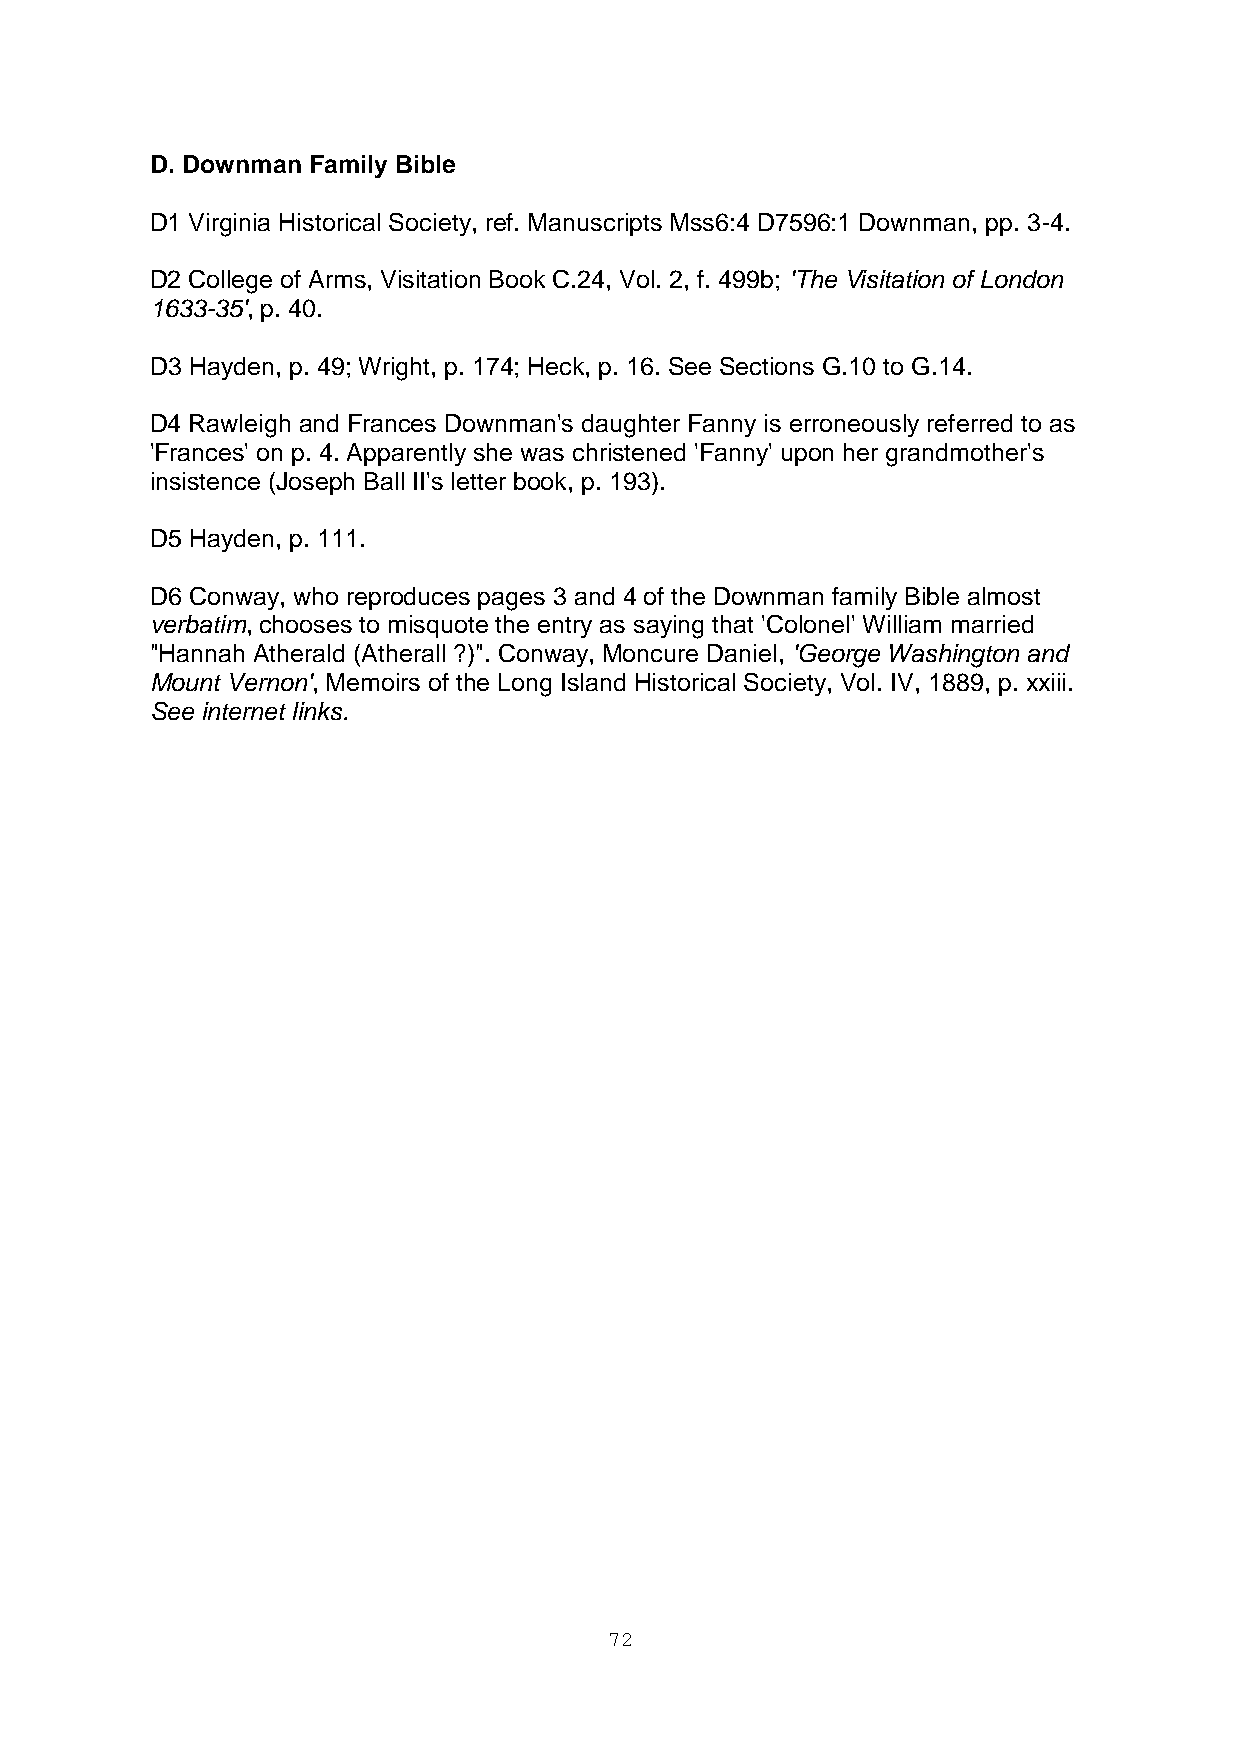
D. Downman Family Bible
 D1 Virginia Historical Society, ref. Manuscripts Mss6:4 D7596:1 Downman, pp. 3-4.
 D2 College of Arms, Visitation Book C.24, Vol. 2, f. 499b; 'The Visitation of London
 1633-35', p. 40.
 D3 Hayden, p. 49; Wright, p. 174; Heck, p. 16. See Sections G.10 to G.14.
 D4 Rawleigh and Frances Downman's daughter Fanny is erroneously referred to as
 'Frances' on p. 4. Apparently she was christened 'Fanny' upon her grandmother's
 insistence (Joseph Ball II's letter book, p. 193).
 D5 Hayden, p. 111.
 D6 Conway, who reproduces pages 3 and 4 of the Downman family Bible almost
 verbatim, chooses to misquote the entry as saying that 'Colonel' William married
 "Hannah Atherald (Atherall ?)". Conway, Moncure Daniel, 'George Washington and
 Mount Vernon', Memoirs of the Long Island Historical Society, Vol. IV, 1889, p. xxiii.
 See internet links.
 72